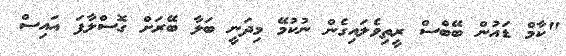
"ކާމް ޑައުން ބޭބްސް ރީތިވެލައިގެން ނުކުމޭ މިދަނީ ބަލާ ބޭރަށް ގޮސްލާފަ އައިސް